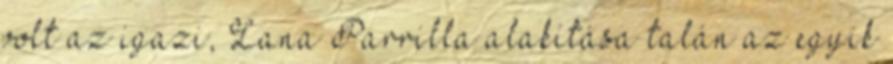
volt az igazi, Lana Parrilla alakítása talán az egyik